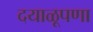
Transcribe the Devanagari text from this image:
दयाळूपणा